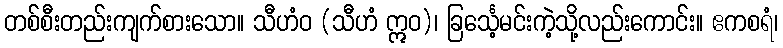
တစ်စီးတည်းကျက်စားသော။ သီဟံဝ (သီဟံ ဣဝ)၊ ခြင်္သေ့မင်းကဲ့သို့လည်းကောင်း။ ဧကစရံ၊